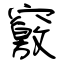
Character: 竅